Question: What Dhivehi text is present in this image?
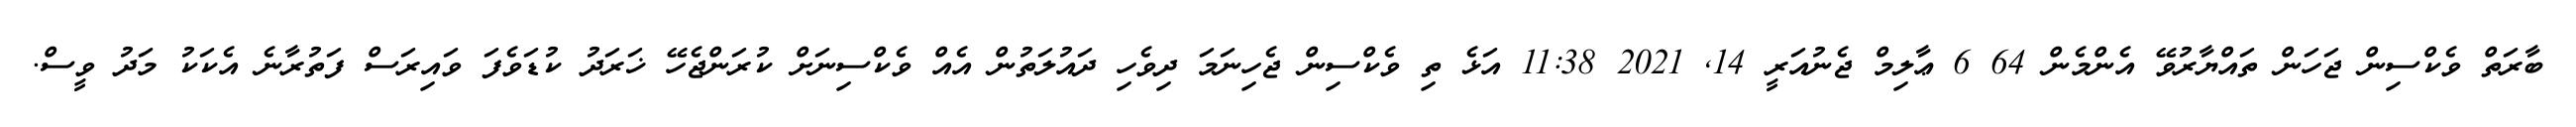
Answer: ބާރަތް ވެކްސިން ޖަހަން ތައްޔާރުވޭ އެންމެން 64 6 ޢާލިމް ޖެނުއަރީ 14, 2021 11:38 އަޅެ ތި ވެކްސިން ޖެހިނަމަ ދިވެހި ދައުލަތުން އެއް ވެކްސިނަށް ކުރަންޖެހޭ ޚަރަދު ކުޑަވެފަ ވައިރަސް ފަތުރާނެ އެކަކު މަދު ވީސް.